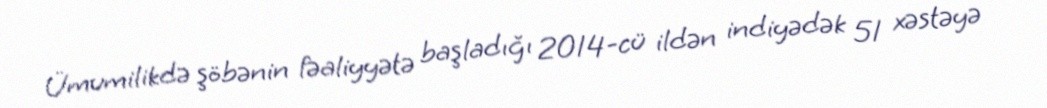
Ümumilikdə şöbənin fəaliyyətə başladığı 2014-cü ildən indiyədək 51 xəstəyə